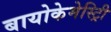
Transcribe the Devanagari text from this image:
बायोकेमेस्ट्रिी